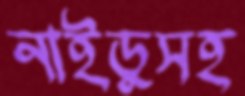
নাইডুসহ